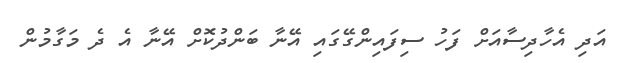
އަދި އެހާދިސާއަށް ފަހު ސިފައިންގޭގައި އޭނާ ބަންދުކޮށް އޭނާ އެ ދެ މަގާމުން